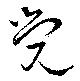
覚